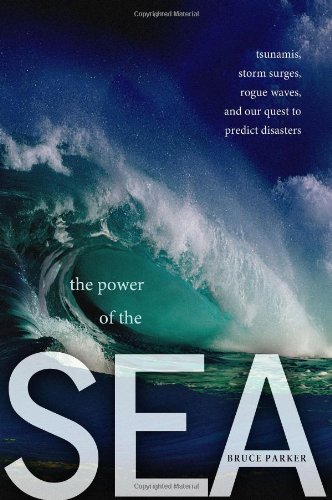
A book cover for The Power of the Sea: Tsunamis, Storm Surges, Rogue Waves, and Our Quest to Predict Disasters (MacSci); Bruce Parker; Science & Math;